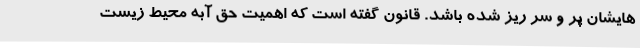
هایشان پر و سر ریز شده باشد. قانون گفته است که اهمیت حق آبه محیط زیست